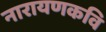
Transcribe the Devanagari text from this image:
नारायणकवि